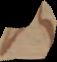
s